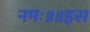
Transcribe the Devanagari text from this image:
नमः॥॥इस